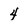
Character: 4